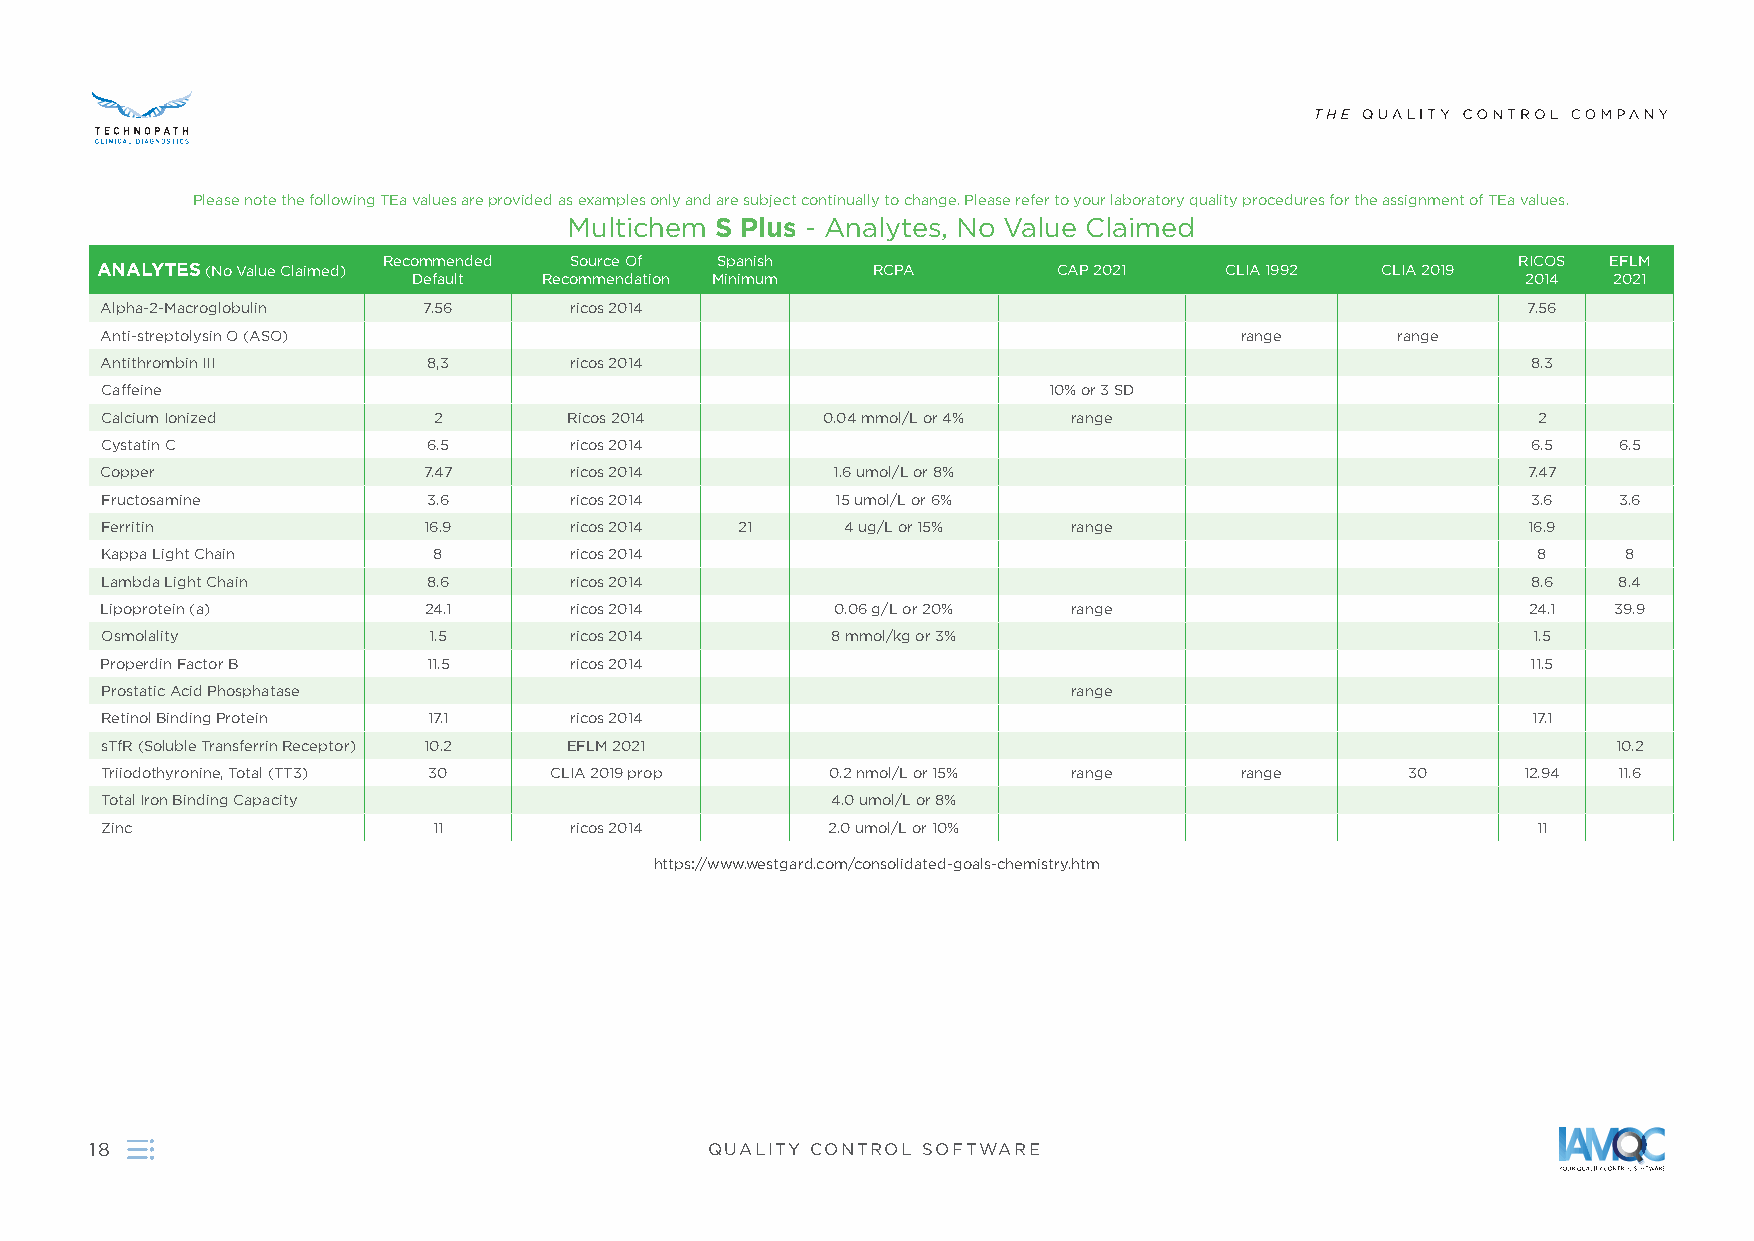
Please note the following TEa values are provided as examples only and are subject continually to change . Please refer to your laboratory quality procedures for the assignment of TEa values .
 Multichem S Plus - Analytes, No Value Claimed
 Recommended  Source Of Spanish                                              RICOS EFLM
 ANALYTES (No Value Claimed)                         RCPA        CAP 2021   CLIA 1992 CLIA 2019
 Default  Recommendation Minimum                                           2014  2021
 Alpha-2-Macroglobulin 7 .56    ricos 2014                                                     7 .56
 Anti-streptolysin O (ASO)                                                  range      range
 Antithrombin III     8,3       ricos 2014                                                     8 .3
 Caffeine                                                      10% or 3 SD
 Calcium Ionized       2        Ricos 2014      0 .04 mmol/L or 4% range                        2
 Cystatin C           6 .5      ricos 2014                                                     6 .5  6 .5
 Copper               7 .47     ricos 2014       1 .6 umol/L or 8%                             7 .47
 Fructosamine         3 .6      ricos 2014       15 umol/L or 6%                               3 .6  3 .6
 Ferritin             16 .9     ricos 2014 21     4 ug/L or 15%  range                         16 .9
 Kappa Light Chain     8        ricos 2014                                                      8     8
 Lambda Light Chain   8 .6      ricos 2014                                                     8 .6  8 .4
 Lipoprotein (a)      24 .1     ricos 2014       0 .06 g/L or 20% range                        24 .1 39 .9
 Osmolality           1 .5      ricos 2014       8 mmol/kg or 3%                               1 .5
 Properdin Factor B   11 .5     ricos 2014                                                     11 .5
 Prostatic Acid Phosphatase                                      range
 Retinol Binding Protein 17 .1  ricos 2014                                                     17 .1
 sTfR (Soluble Transferrin Receptor) 10 .2 EFLM 2021                                                 10 .2
 Triiodothyronine, Total (TT3) 30 CLIA 2019 prop 0 .2 nmol/L or 15% range   range      30      12 .94 11 .6
 Total Iron Binding Capacity                     4 .0 umol/L or 8%
 Zinc                  11       ricos 2014       2 .0 umol/L or 10%                             11
 https://www .westgard .com/consolidated-goals-chemistry .htm
 18                                       QUALITY CONTROL SOFTWARE